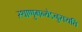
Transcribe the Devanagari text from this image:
स्थाणुमन्येऽनुसयति